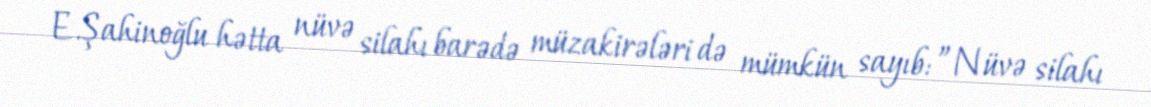
E.Şahinoğlu hətta nüvə silahı barədə müzakirələri də mümkün sayıb: ”Nüvə silahı